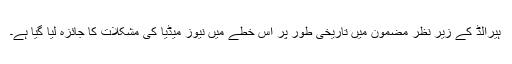
ہیرالڈ کے زیر نظر مضمون میں تاریخی طور پر اس خطے میں نیوز میڈیا کی مشکلات کا جائزہ لیا گیا ہے۔